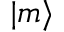
| m \rangle